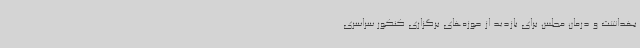
بهداشت و درمان مجلس برای بازدید از حوزه‌های برگزاری کنکور سراسری